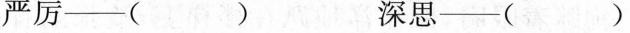
严厉—() 深思—()